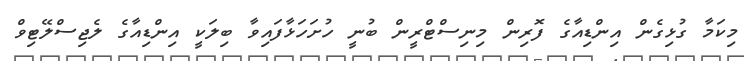
މިކަމާ ގުޅިގެން އިންޑިއާގެ ފޮރިން މިނިސްޓްރީން ބުނީ ހުށަހަޅާފައިވާ ބިލަކީ އިންޑިއާގެ ލެޖިސްލޭޓިވް